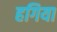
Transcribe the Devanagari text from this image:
हगिया